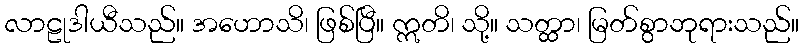
လာဠုဒါယီသည်။ အဟောသိ၊ ဖြစ်ပြီ။ ဣတိ၊ သို့။ သတ္ထာ၊ မြတ်စွာဘုရားသည်။